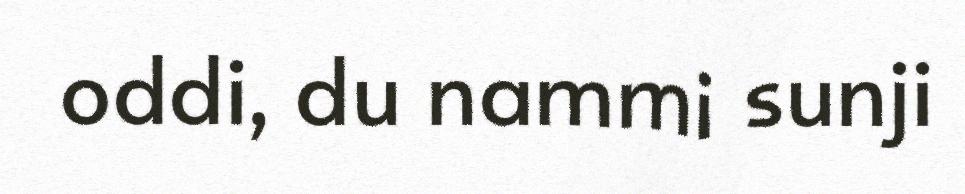
oddi, du nammi sunji